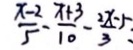
\frac { x - 2 } { 5 } - \frac { x + 3 } { 1 0 } - \frac { 2 x - 5 } { 3 }